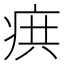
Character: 𭼊